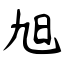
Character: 旭